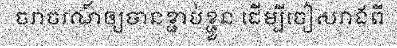
ចរាចរណ៍ឲ្យបានខ្ជាប់ខ្ជួន ដើម្បីចៀសវាងពី